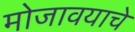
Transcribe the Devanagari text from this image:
मोजावयाचे